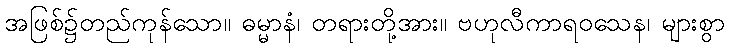
အဖြစ်၌တည်ကုန်သော။ ဓမ္မာနံ၊ တရားတို့အား။ ဗဟုလီကာရဝသေန၊ များစွာ